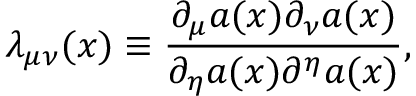
{ \lambda } _ { { \mu } { \nu } } ( x ) \equiv \frac { { \partial } _ { \mu } a ( x ) { \partial } _ { \nu } a ( x ) } { { \partial } _ { \eta } a ( x ) { \partial } ^ { \eta } a ( x ) } ,